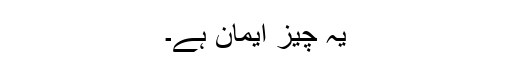
یہ چیز ایمان ہے۔